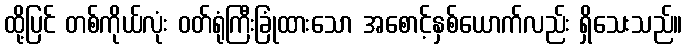
ထို့ပြင် တစ်ကိုယ်လုံး ဝတ်ရုံကြီးခြုံထားသော အစောင့်နှစ်ယောက်လည်း ရှိသေးသည်။